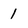
Character: 1